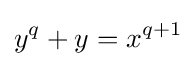
y^{q}+y=x^{q+1}